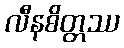
လီနစိတ္တဿ